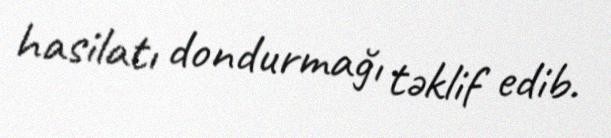
hasilatı dondurmağı təklif edib.